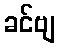
ခင်ဗျ